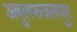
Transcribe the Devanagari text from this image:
अबुलफजलपुर